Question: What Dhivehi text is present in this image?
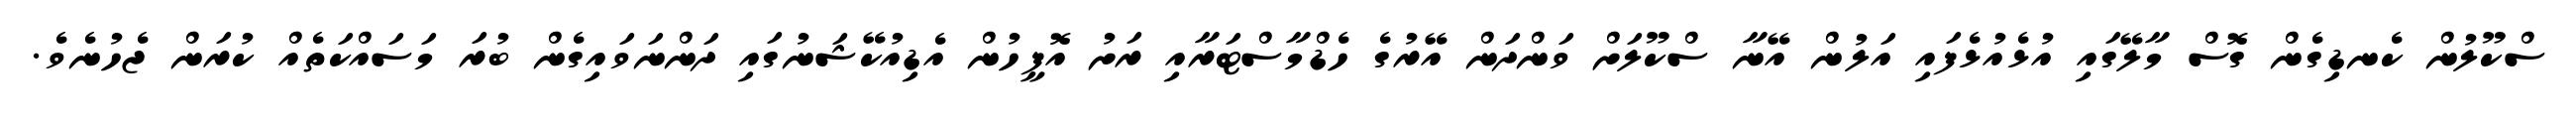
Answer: ސްކޫލުން ކެނޑިގެން ގޮސް މާލޭގައި އުޅެއުޅެފައި އަލުން އޭނާ ސްކޫލަށް ވަންދަން އޭރުގެ ހެޑްމާސްޓަރާއި ރަށު އޮފީހުން އެޑިއުކޭޝަނުގައި ދަންނަވައިގެން ބުރަ މަސައްކަތެއް ކުރަން ޖެހުނެވެ.